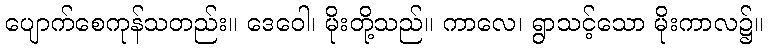
ပျောက်စေကုန်သတည်း။ ဒေဝေါ၊ မိုးတို့သည်။ ကာလေ၊ ရွာသင့်သော မိုးကာလ၌။